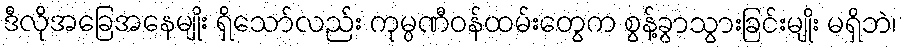
ဒီလိုအခြေအနေမျိုး ရှိသော်လည်း ကုမ္ပဏီဝန်ထမ်းတွေက စွန့်ခွာသွားခြင်းမျိုး မရှိဘဲ၊